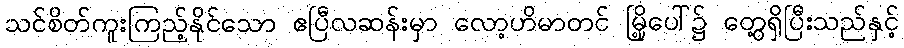
သင်စိတ်ကူးကြည့်နိုင်သော ဧပြီလဆန်းမှာ လော့ဟိမာတင် မြို့ပေါ်၌ တွေ့ရှိပြီးသည်နှင့်